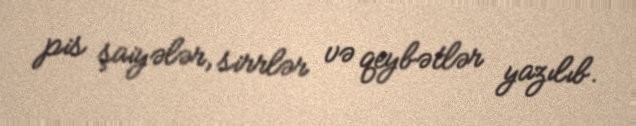
pis şaiyələr, sirrlər və qeybətlər yazılıb.